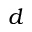
d